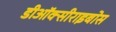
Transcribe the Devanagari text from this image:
डीऑक्सीराइबोस